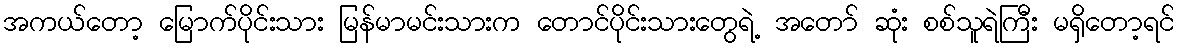
အကယ်တော့ မြောက်ပိုင်းသား မြန်မာမင်းသားက တောင်ပိုင်းသားတွေရဲ့ အတော် ဆုံး စစ်သူရဲကြီး မရှိတော့ရင်